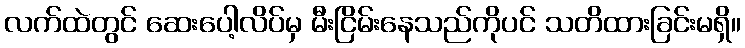
လက်ထဲတွင် ဆေးပေါ့လိပ်မှ မီးငြိမ်းနေသည်ကိုပင် သတိထားခြင်းမရှိ။